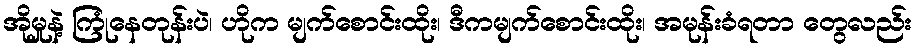
အိုမှုနဲ့ ကြုံနေတုန်းပဲ၊ ဟိုက မျက်စောင်းထိုး၊ ဒီကမျက်စောင်းထိုး၊ အမုန်းခံရတာ တွေလည်း